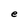
Character: e